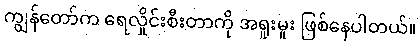
ကျွန်တော်က ရေလှိုင်းစီးတာကို အရူးမူး ဖြစ်နေပါတယ်။